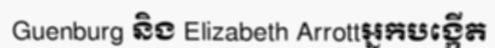
Guenburg និង Elizabeth Arrottអ្នកបង្កើត